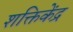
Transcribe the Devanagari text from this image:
शक्तिकेंद्र